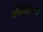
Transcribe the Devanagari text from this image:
अधोजठरप्रदेश